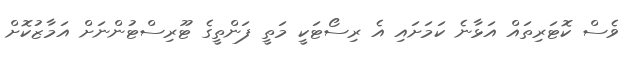
ވެސް ކޮޓަރިތައް އަޅާނެ ކަމަށައި އެ ރިސޯޓަކީ މަތީ ފަންތީގެ ޓޫރިސްޓުންނަށް އަމާޒުކޮށް